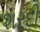
શરદી